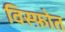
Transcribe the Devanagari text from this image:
विस्फ़ोत